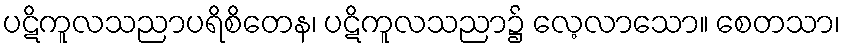
ပဋိကူလသညာပရိစိတေန၊ ပဋိကူလသညာ၌ လေ့လာသော။ စေတသာ၊